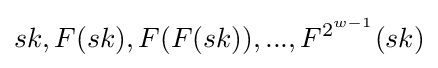
sk,F(sk),F(F(sk)),...,F^{2^{w-1}}(sk)